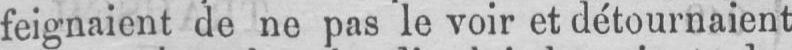
feignaient de ne pas le voir et détournaient